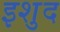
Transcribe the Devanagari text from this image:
इशुद